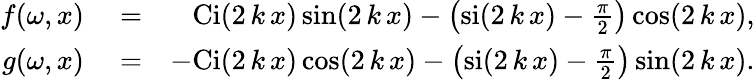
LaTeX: \begin{array}{rlr}{f(\omega,x)}&{{}=}&{\mathrm{Ci}(2\, k\, x)\sin(2\, k\, x)-\left(\mathrm{si}(2\, k\, x)-\frac{\pi}{2}\right)\cos(2\, k\, x),}\\ {g(\omega,x)}&{{}=}&{\mathrm{-Ci}(2\, k\, x)\cos(2\, k\, x)-\left(\mathrm{si}(2\, k\, x)-\frac{\pi}{2}\right)\sin(2\, k\, x).}\end{array}